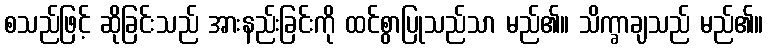
စသည်ဖြင့် ဆိုခြင်းသည် အားနည်းခြင်းကို ထင်စွာပြုသည်သာ မည်၏။ သိက္ခာချသည် မည်၏။